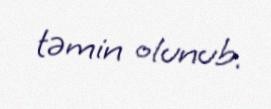
təmin olunub.